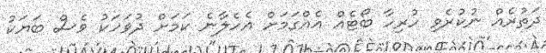
ދަތުރެއް ނުކުރެވި ހުރިހާ ބޯޓެއް އެއްގަމަށް އެހެލާނެ ކަމަށް ދުވަހަކު ވެސް ބަޔަކު